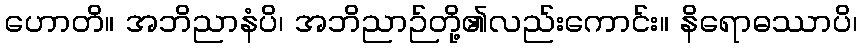
ဟောတိ။ အဘိညာနံပိ၊ အဘိညာဉ်တို့၏လည်းကောင်း။ နိရောဓဿာပိ၊